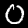
Label: 0